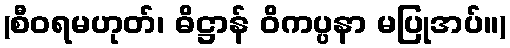
(စီဝရမဟုတ်၊ ဓိဋ္ဌာန် ဝိကပ္ပနာ မပြုအပ်။)